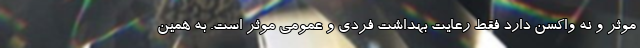
موثر و نه واکسن دارد فقط رعایت بهداشت فردی و عمومی موثر است. به همین